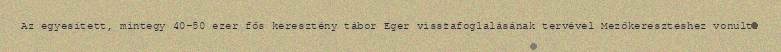
Az egyesített, mintegy 40-50 ezer fős keresztény tábor Eger visszafoglalásának tervével Mezőkereszteshez vonult.